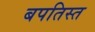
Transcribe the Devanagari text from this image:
बपतिस्त